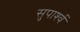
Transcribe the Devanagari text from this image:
सुपार्श्‍व